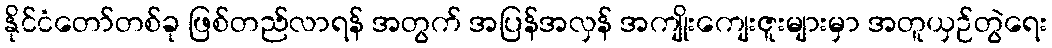
နိုင်ငံတော်တစ်ခု ဖြစ်တည်လာရန် အတွက် အပြန်အလှန် အကျိုးကျေးဇူးများမှာ အတူယှဉ်တွဲရေး